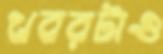
খবরটাও